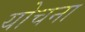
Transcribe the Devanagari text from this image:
योचना